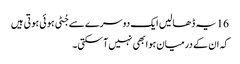
16 یہ ڈھالیں ایک دوسرے سے جُٹی ہو ئی ہو تی ہیں
کہ ان کے درمیان ہوا بھی نہیں آسکتی۔